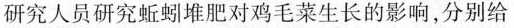
研究人员研究蚯蚓堆肥对鸡毛菜生长的影响，分别给